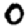
Digit: 0